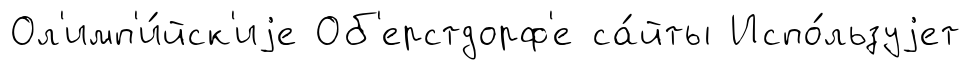
Ол'имп'и́йск'иjе Об'ерстдорф'е са́йты Испо́льзуjет